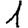
Digit: 1